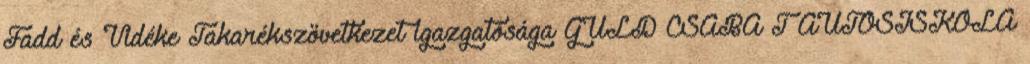
Fadd és Vidéke Takarékszövetkezet igazgatósága GULD CSABA T AUTÓSISKOLA